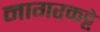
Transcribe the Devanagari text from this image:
नागरकट्टे